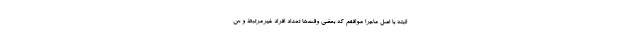
البته با اصل ماجرا موافقم که بعضی وقت‌ها تعداد افراد غیرمرتبط و س